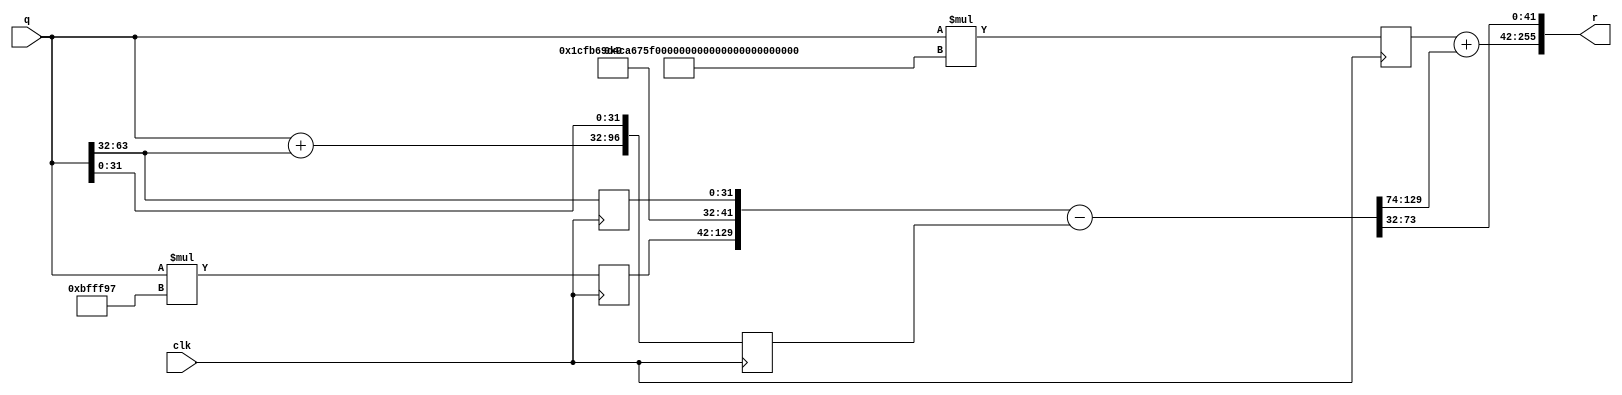
//`timescale 1ns / 1ps
//////////////////////////////////////////////////////////////////////////////////
// Company: 
// Engineer: 
// 
// Design Name: 
// Module Name: xm_64
// Project Name: 
// Target Devices: 
// Tool Versions: 
// Description: 
// 
// Dependencies: 
// 
// Revision:
// Revision 0.01 - File Created
// Additional Comments:
// 
//////////////////////////////////////////////////////////////////////////////////


module xm_64(
    input           clk,
    input   [ 63:0] q,
    output  [255:0] r
    );
    localparam c0 =  24'h bfff97;
    localparam c1 = 149'h 1cfb69d4ca675f520cce76020268760154ef69;
    
    reg  [ 87:0] qxc0;
    wire [212:0] qxc1_w;
    reg  [212:0] qxc1;
    reg  [ 96:0] qq;
    reg  [ 31:0] q_reg;
    wire [ 64:0] q_add_q;
    wire [ 97:0] qxc0_shift;
    wire [129:0] sub_result;
    wire [213:0] add_result;
    
    assign q_add_q = q+q[32+:32];
    
//    mult_149x64 xm_64_mult_U0 (.clk(clk), .a(c1), .b(q), .p(qxc1_w));
    
    always @ (posedge clk) begin
        qxc0 <= q*c0;
        qxc1 <= q*c1;
        qq   <= {q_add_q,q[0+:32]};
        q_reg<= q[32+:32];
    end
    
    assign qxc0_shift = {qxc0,{10{1'b0}}};
    assign sub_result = {qxc0_shift,q_reg} - qq;
    assign add_result = qxc1 + sub_result[129-:56];
    
    assign r = {add_result,sub_result[32+:42]};
endmodule